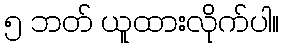
၅ ဘတ် ယူထားလိုက်ပါ။